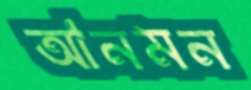
আনমন